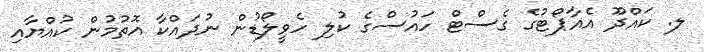
ލ. ކައްދޫ އެއާޕޯޓުގެ ގެސްޓް ހައުސްގެ ކުލި ހެވީލޯޑުން ނުދައްކާ އޮތުމުން ކުއްޔާއި